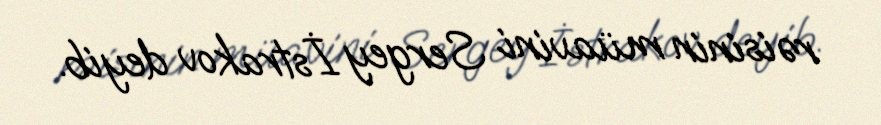
rəisinin müavini Sergey İstrakov deyib.